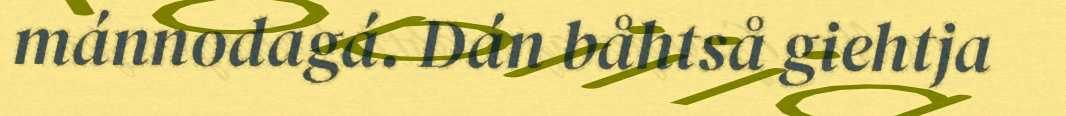
mánnodagá. Dán båhtså giehtja